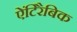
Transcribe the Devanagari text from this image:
ऐंटिरैबिक